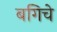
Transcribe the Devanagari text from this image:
बगिचे